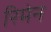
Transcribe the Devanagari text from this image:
रिमेन